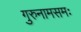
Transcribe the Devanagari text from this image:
गुरुनामसमः